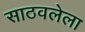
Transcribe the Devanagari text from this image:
साठवलेला